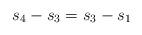
LaTeX: \begin{align*} s_4-s_3 = s_3-s_1 \end{align*}